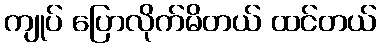
ကျုပ် ပြောလိုက်မိတယ် ထင်တယ်